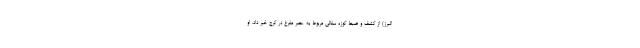
البرز) از کشف و ضبط کوزه سفالی مربوط به عصر مفرغ در کرج خبر داد. او